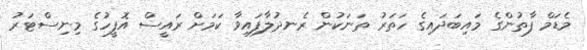
މެޑަމް ފާތުންގެ މައިބަދައިގެ ހަތަރު ތަނަކުން ރެނދުލާފައިވާ ކަމަށް ރައީސް އޮފީހުގެ މިނިސްޓަރު